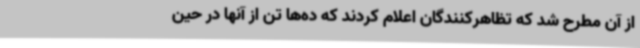
از آن مطرح شد که تظاهرکنندگان اعلام کردند که ده‌ها تن از آنها در حین